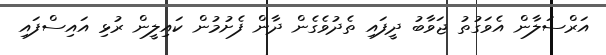
އަރްސަލާން އެވަގުތު ޖަވާބު ދީފައި ތެދުވެގެން ދާން ފެށުމުން ކައިލީން ރުޅި އައިސްފައި